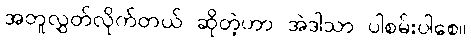
အတူလွှတ်လိုက်တယ် ဆိုတဲ့ဟာ အဲဒါသာ ပါစမ်းပါစေ။